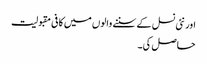
اور نئی نسل کے سننے والوں میں کافی مقبولیت
حاصل کی۔